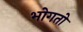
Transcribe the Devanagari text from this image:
भोगतो